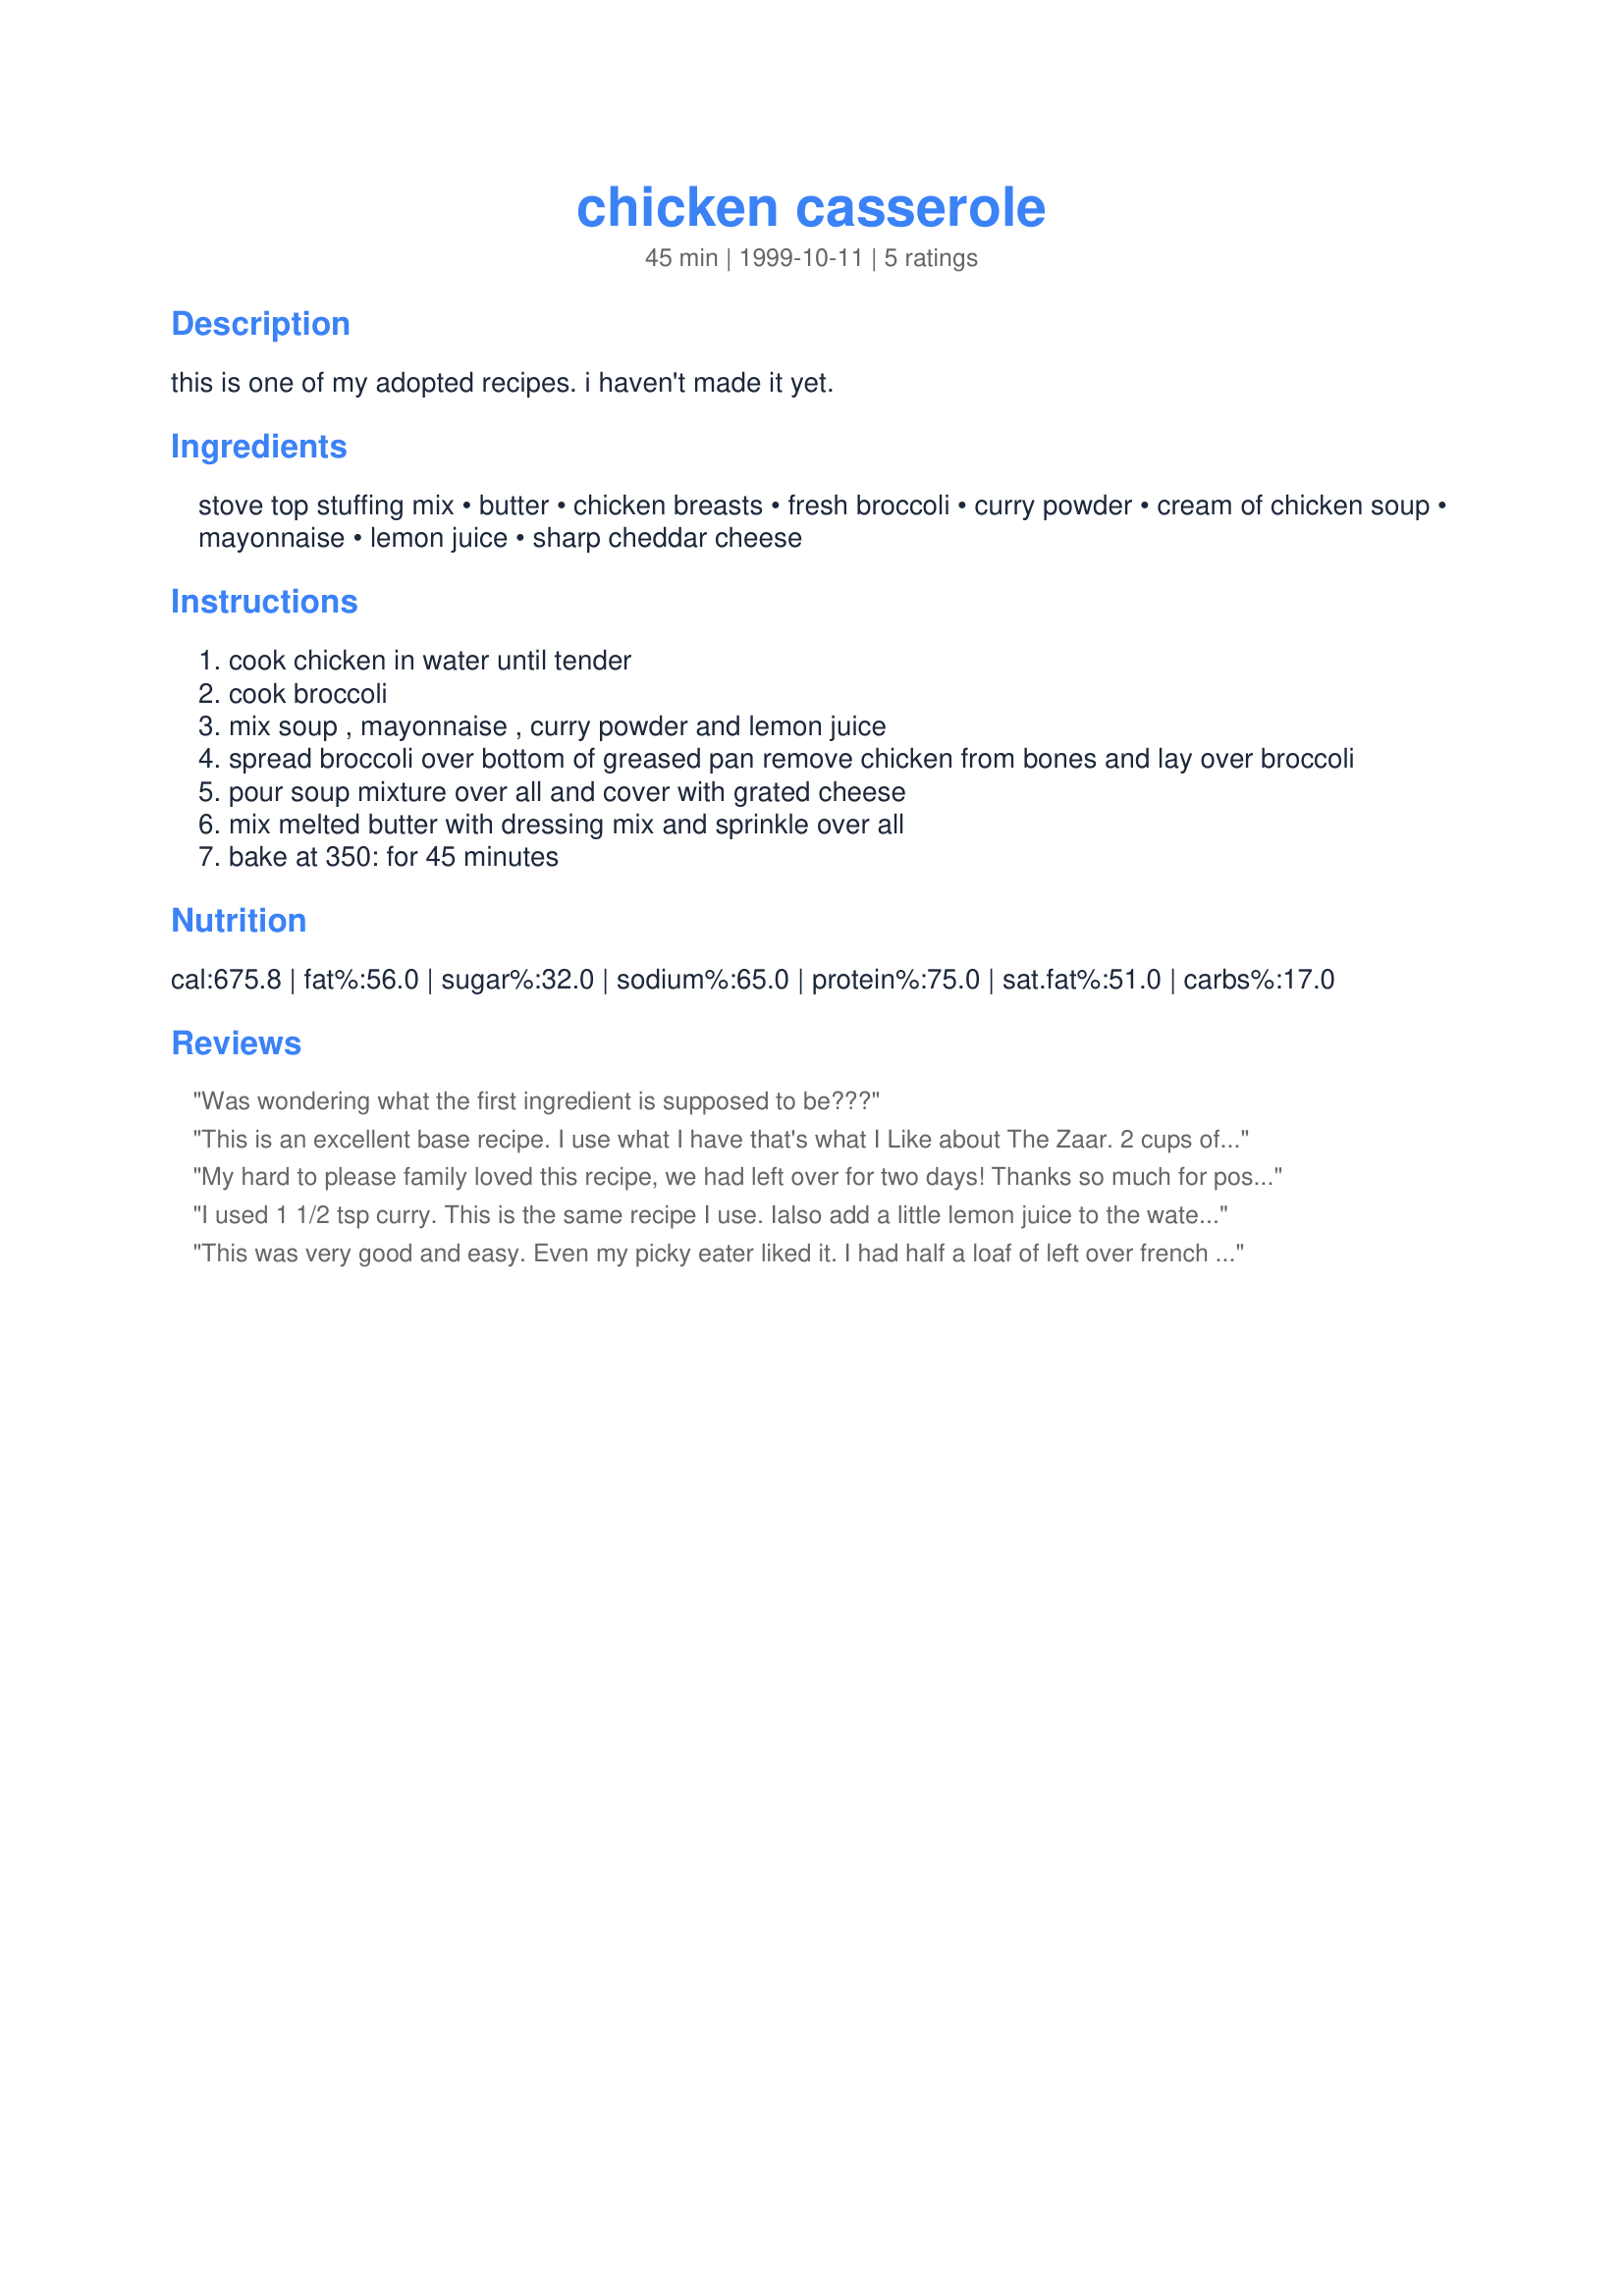
chicken casserole
Preparation time: 45 minutes

this is one of my adopted recipes. i haven't made it yet.

Ingredients:
stove top stuffing mix, butter, chicken breasts, fresh broccoli, curry powder, cream of chicken soup, mayonnaise, lemon juice, sharp cheddar cheese

Steps:
cook chicken in water until tender
cook broccoli
mix soup , mayonnaise , curry powder and lemon juice
spread broccoli over bottom of greased pan remove chicken from bones and lay over broccoli
pour soup mixture over all and cover with grated cheese
mix melted butter with dressing mix and sprinkle over all
bake at 350: for 45 minutes

Reviews:
Was wondering what the first ingredient is supposed to be???
This is an excellent base recipe. I use what I have that's what I Like about The Zaar. 
2 cups of Pepperidge Farms bread cubes. 2 Tb. garlic butter. I chopped up a 1/2 leftover baked hen. I Had No curry, but used chicken seasons / Adobe/ salt /pepper etc.. 1 can of cream Of chicken /1 can cream of Mushroom soup. (That's what I had and a small cam of Mushrooms because I love them..
everything else the same.. Husband is PICKY... he had 2 plates!! I baked at 325 for 40 minutes, (Glass dish) I did picture of the process.. FABULOUS recipe!!
My hard to please family loved this recipe, we had left over for two days! Thanks so much for posting this.
I used 1 1/2 tsp curry. This is the same recipe I use. Ialso add a little lemon juice to the water boiling the chicken.
This was very good and easy. Even my picky eater liked it. I had half a loaf of left over french bread I needed to use, so I sliced it, toasted it in the oven and crumbled it on top instead of the packaged bread crumbs.
